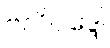
ဗလိဝဒ္ဒေါ